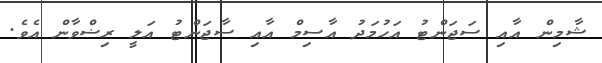
ޝާމިން އާއި ސަޖަންޓު އަހުމަދު އާސިމް އާއި ސާޖަންޓު އަލީ ރިޟްވާން އެވެ.